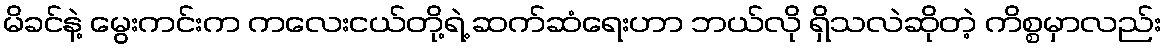
မိခင်နဲ့ မွေးကင်းက ကလေးငယ်တို့ရဲ့ ဆက်ဆံရေးဟာ ဘယ်လို ရှိသလဲဆိုတဲ့ ကိစ္စမှာလည်း